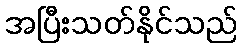
အပြီးသတ်နိုင်သည်